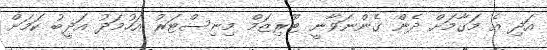
އަދި އެ މަގާމަށް ދެން ގެންނަވާނީ ޓޫރިޒަމް މިނިސްޓަރު އަހުމަދު އަދީބު ކަމަށް